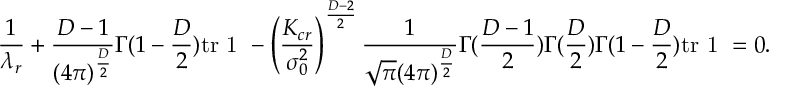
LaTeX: \frac { 1 } { \lambda _ { r } } + \frac { D - 1 } { ( 4 \pi ) ^ { \frac { D } { 2 } } } \Gamma ( 1 - \frac { D } { 2 } ) \mathrm { t r } \mathrm { \boldmath ~ 1 ~ } - \left( \frac { K _ { c r } } { \sigma _ { 0 } ^ { 2 } } \right) ^ { \frac { D - 2 } { 2 } } \frac { 1 } { \sqrt { \pi } ( 4 \pi ) ^ { \frac { D } { 2 } } } \Gamma ( \frac { D - 1 } { 2 } ) \Gamma ( \frac { D } { 2 } ) \Gamma ( 1 - \frac { D } { 2 } ) \mathrm { t r } \mathrm { \boldmath ~ 1 ~ } = 0 .